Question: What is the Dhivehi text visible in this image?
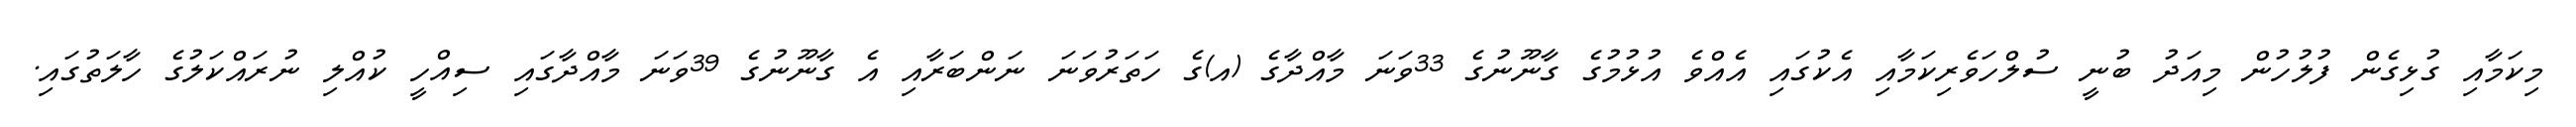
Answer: މިކަމާއި ގުޅިގެން ފުލުހުން މިއަދު ބުނީ ސުލްހަވެރިކަމާއި އެކުގައި އެއްވެ އުޅުމުގެ ގާނޫނުގެ 33ވަނަ މާއްދާގެ (އ)ގެ ހަތަރުވަނަ ނަންބަރާއި އެ ގާނޫނުގެ 39ވަނަ މާއްދާގައި ސިއްހީ ކުއްލި ނުރައްކަލުގެ ހާލަތުގައި.